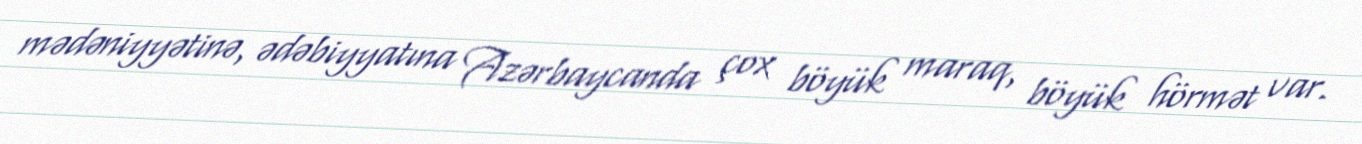
mədəniyyətinə, ədəbiyyatına Azərbaycanda çox böyük maraq, böyük hörmət var.